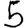
Digit: 5